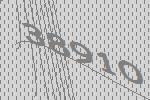
38910